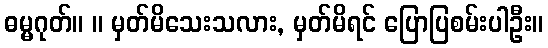
ဓမ္မဂုတ်။ ။ မှတ်မိသေးသလား, မှတ်မိရင် ပြောပြစမ်းပါဦး။